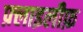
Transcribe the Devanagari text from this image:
फ़्लाइलीफ़